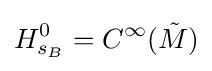
H_{s_{B}}^{0}=C^{\infty }({\tilde {M}})